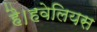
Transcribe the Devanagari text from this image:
है।हवेलियस